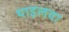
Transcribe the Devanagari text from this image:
थाइलवा